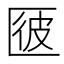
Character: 𠥌